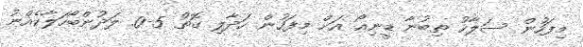
މިފަހުން ސަލާހު ތިބުނާ ޑީނިއޯ އަށް މިފަހުން ހަދާލި ގޮތް 5-0. ލަދުންބޯހަލާކެއްނު